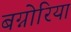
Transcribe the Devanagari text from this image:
बग्नोरिया